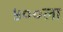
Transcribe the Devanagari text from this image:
५००ला